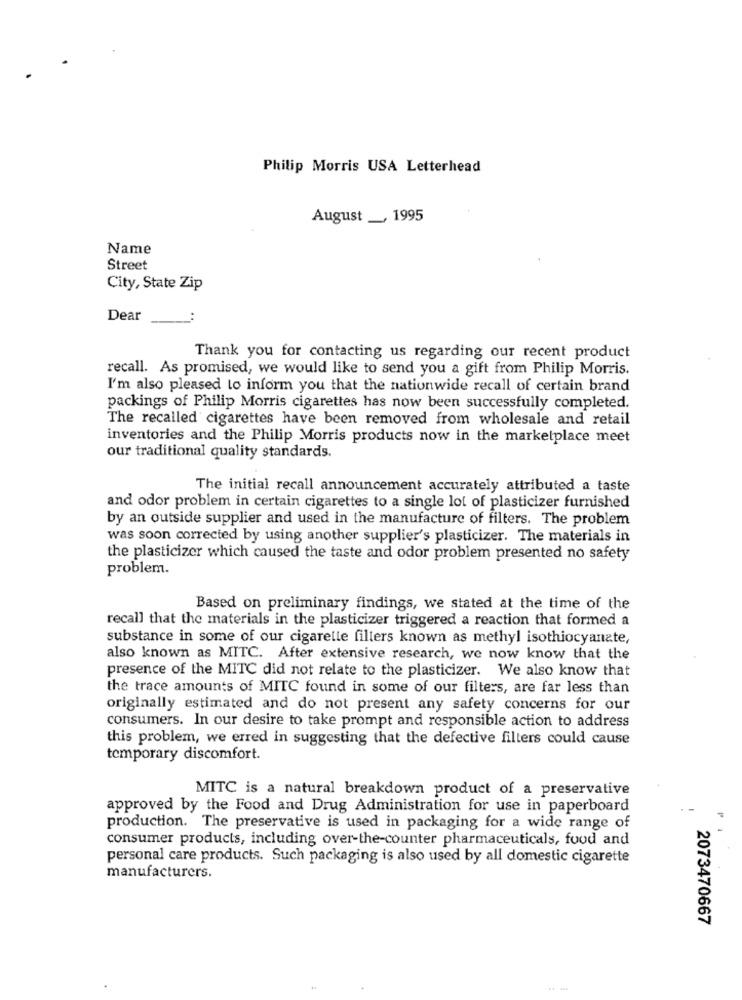
Philip Morris USA Letterhead
August __, 1995
Name
Street
City, State Zip
Dear
Thank you for contacting us regarding our recent product
recall. As promised, we would like to send you a gift from Philip Morris.
I'm also pleased to inform you that the nationwide recall of certain brand
packings of Philip Morris cigarettes has now been successfully completed.
The recalled cigarettes have been removed from wholesale and retail
inventories and the Philip Morris products now in the marketplace meet
our traditional quality standards.
The initial recall announcement accurately attributed a taste
and odor problem in certain cigarettes to a single lot of plasticizer furnished
by an outside supplier and used in the manufacture of filters. The problem
was soon corrected by using another supplier's plasticizer. The materials in
the plasticizer which caused the taste and odor problem presented no safety
problem.
Based on preliminary findings, we stated at the time of the
recall that the materials in the plasticizer triggered a reaction that formed a
substance in some of our cigarette filters known as methyl isothiocyanate,
also known as MITC. After extensive research, we now know that the
presence of the MITC did not relate to the plasticizer. We also know that
the trace amounts of MITC found in some of our filters, are far less than
originally estimated and do not present any safety concerns for our
consumers. In our desire to take prompt and responsible action to address
this problem, we erred in suggesting that the defective filters could cause
temporary discomfort.
MITC is a natural breakdown product of a preservative
approved by the Food and Drug Administration for use in paperboard
production. The preservative is used in packaging for a wide range of
consumer products, including over-the-counter pharmaceuticals, food and
personal care products. Such packaging is also used by all domestic cigarette
manufacturers.
2073470667